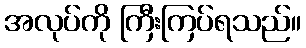
အလုပ်ကို ကြီးကြပ်ရသည်။